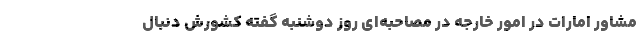
مشاور امارات در امور خارجه در مصاحبه‌ای روز دوشنبه گفته کشورش دنبال